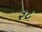
રૂટ